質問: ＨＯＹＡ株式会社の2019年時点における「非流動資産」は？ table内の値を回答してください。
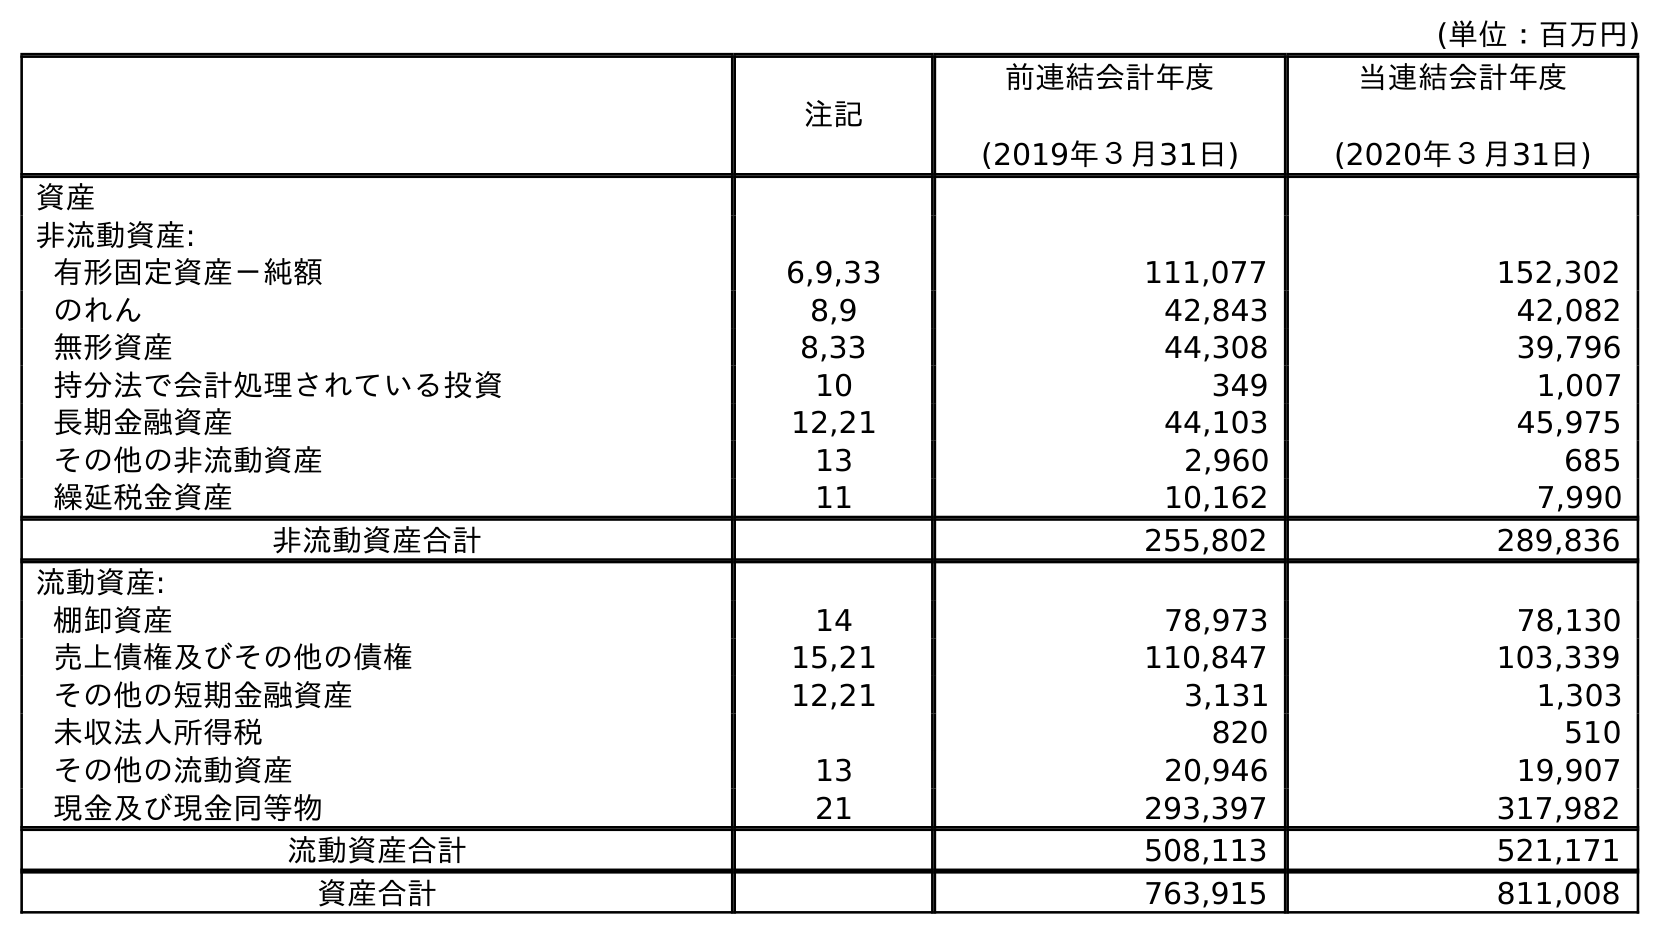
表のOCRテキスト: (単位：百万円) 注記 前連結会計年度 (2019年３月31日) 当連結会計年度 (2020年３月31日) 資産 非流動資産: 有形固定資産－純額 6,9,33 111,077 152,302 のれん 8,9 42,843 42,082 無形資産 8,33 44,308 39,796 持分法で会計処理されている投資 10 349 1,007 長期金融資産 12,21 44,103 45,975 その他の非流動資産 13 2,960 685 繰延税金資産 11 10,162 7,990 非流動資産合計 255,802 289,836 流動資産: 棚卸資産 14 78,973 78,130 売上債権及びその他の債権 15,21 110,847 103,339 その他の短期金融資産 12,21 3,131 1,303 未収法人所得税 820 510 その他の流動資産 13 20,946 19,907 現金及び現金同等物 21 293,397 317,982 流動資産合計 508,113 521,171 資産合計 763,915 811,008
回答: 255,802